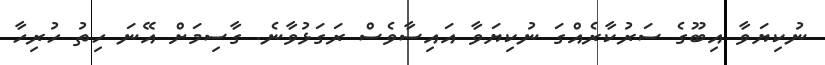
ނުކިޔަވާ އިބޫގެ ސަރުކާރެއްގަ ނުކިޔަވާ އައިސާވެސް ރަގަޅުވާނެ. ގާސިމަށް އޭނަ ހިތު ހުރިހާ